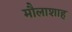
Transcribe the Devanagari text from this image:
मौलाशाह